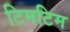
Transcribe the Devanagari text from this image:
टिमटिम